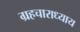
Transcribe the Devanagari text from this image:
ग्रहचाराध्याय